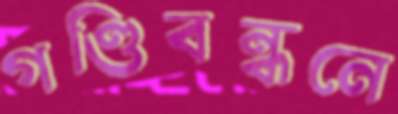
গণ্ডিবন্ধনে